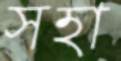
সহা